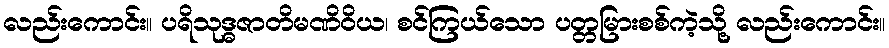
လည်းကောင်း။ ပရိသုဒ္ဓဇာတိမဏိဝိယ၊ စင်ကြယ်သော ပတ္တမြားစစ်ကဲ့သို့ လည်းကောင်း။